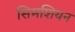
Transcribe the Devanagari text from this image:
सिमशियन